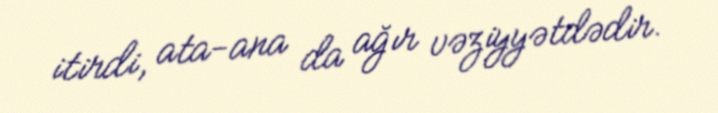
itirdi, ata-ana da ağır vəziyyətdədir.